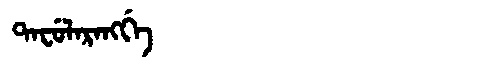
Manchu: ᡨᠠᠸᡠᠯᠠᡵᠠᠩᡤᡝ
Romanization: TAFULARANGGE